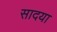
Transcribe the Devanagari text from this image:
सादया